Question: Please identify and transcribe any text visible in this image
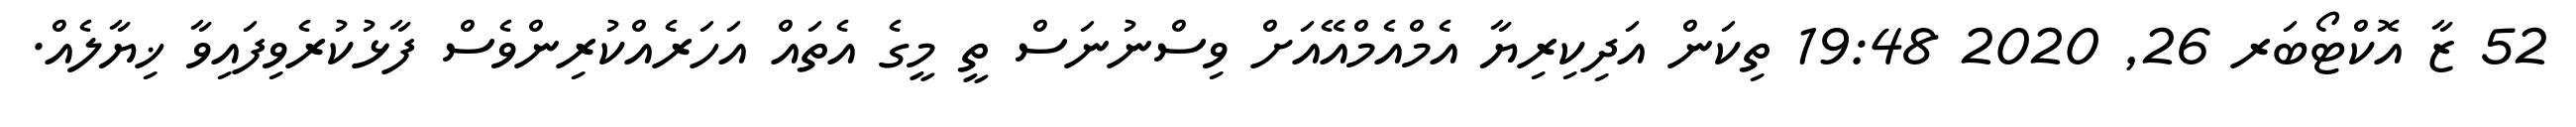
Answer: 52 ޒާ އޮކްޓޯބަރ 26, 2020 19:48 ތިކަން އަދިކިރިޔާ އެމްއެމްއޭއަށް ވިސްނުނަސް ތީ މީގެ އެތައް އަހަރެއްކުރިންވެސް ފާޅުކުރެވިފައިވާ ޚިޔާލެއް.